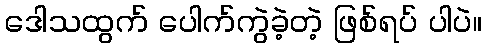
ဒေါသထွက် ပေါက်ကွဲခဲ့တဲ့ ဖြစ်ရပ် ပါပဲ။